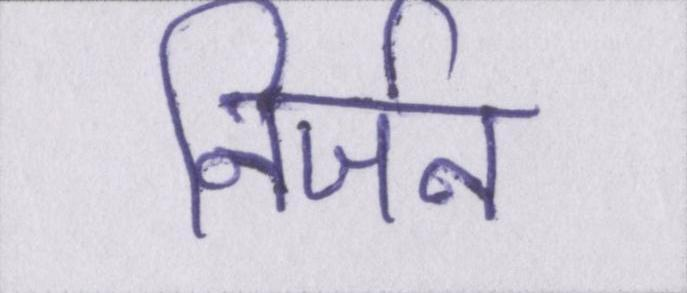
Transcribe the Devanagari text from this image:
निर्जन